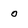
Character: o